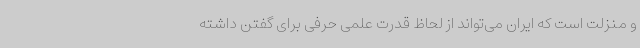
و منزلت است که ایران می‌تواند از لحاظ قدرت علمی حرفی برای گفتن داشته